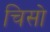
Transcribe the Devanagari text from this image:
चिसो